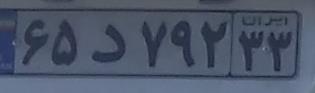
۶۵د۷۹۲۳۳